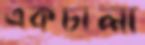
একচালা